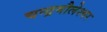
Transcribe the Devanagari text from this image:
चन्द्रमौलेश्वर